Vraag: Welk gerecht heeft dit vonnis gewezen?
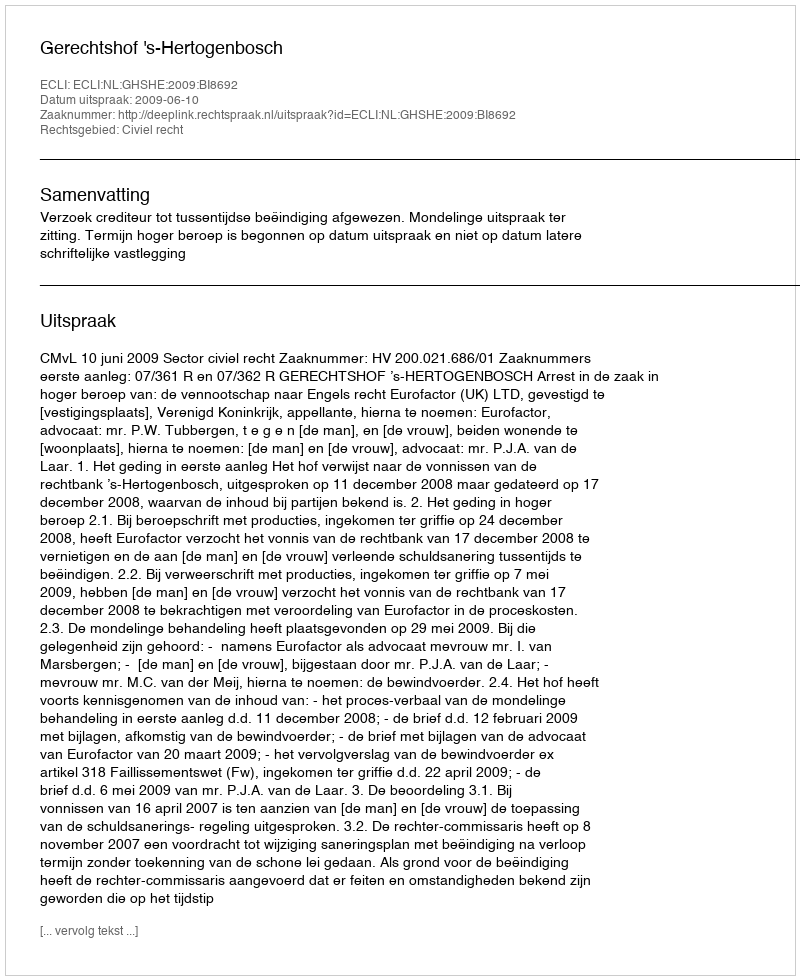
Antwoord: Gerechtshof 's-Hertogenbosch